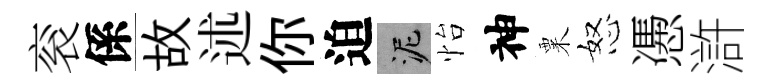
衮係故述你迫泥怡神粟怒慿滸